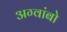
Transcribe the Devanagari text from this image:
अग्वांबो